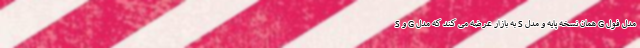
S و G به بازار عرضه می کند که مدل S همان نسخه پایه و مدل G مدل فول